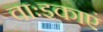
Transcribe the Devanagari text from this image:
वाःइकाएं